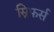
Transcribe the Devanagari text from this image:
स्निफर्स